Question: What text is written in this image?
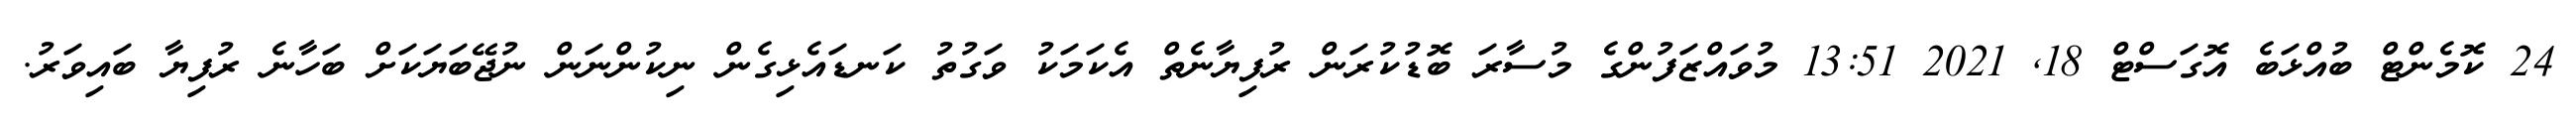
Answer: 24 ކޮމެންޓް ބުއްޅަބެ އޮގަސްޓް 18, 2021 13:51 މުވައްޒަފުންގެ މުސާރަ ބޮޑުކުރަން ރުފިޔާނެތް އެކަމަކު ވަގުތު ކަނޑައެޅިގެން ނިކުންނަން ނުޖޭބަޔަކަށް ބަހާނެ ރުފިޔާ ބައިވަރު.